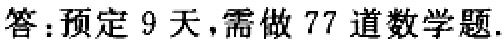
答：预定 9 天，需做 77 道数学题.